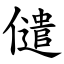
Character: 儙